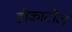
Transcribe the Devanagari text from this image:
डीकार्टीज